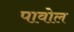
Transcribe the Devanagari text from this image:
पावोल